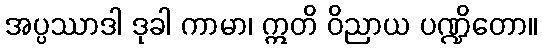
အပ္ပဿာဒါ ဒုခါ ကာမာ၊ ဣတိ ဝိညာယ ပဏ္ဍိတော။